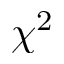
\chi ^ { 2 }